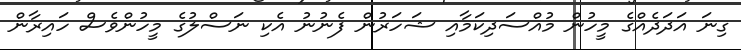
ގިނަ އަދަދެއްގެ މީހުން މުއްސަދިކަމާއި ޝަހަރުން ފެނުނު އެކި ނަސްލުގެ މީހުންވެސް ހައިރާން